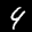
Label: 4